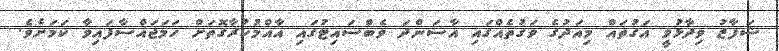
ޝަފާޒު ވިދާޅުވީ އަގުތައް މިއަދުގެ ވަގުތެއްގައި އާސަންދަ ވެބްސައިޓުގައި އާއްމުކުރާގޮތަށް ހަމަޖައްސާފައިވާ ކަމަށެވެ.